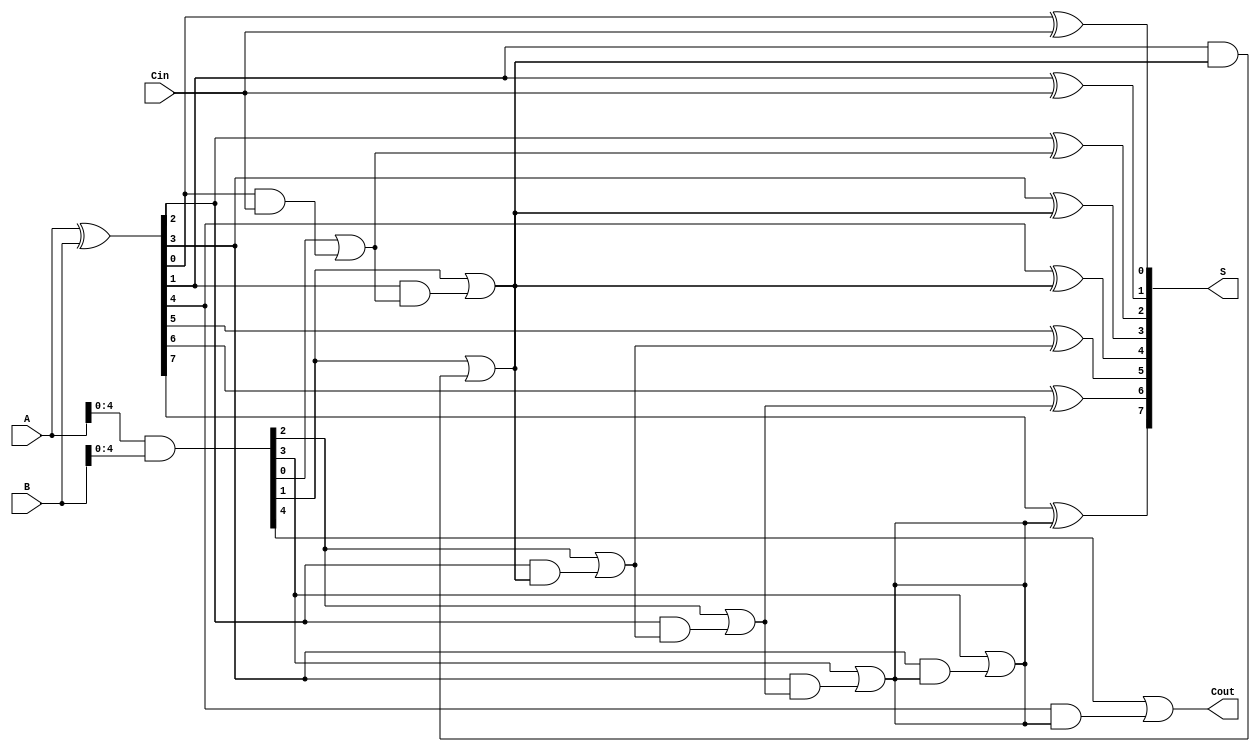
module brent_kung_adder #(parameter N = 8) (
    input  [N-1:0] A,      // First operand
    input  [N-1:0] B,      // Second operand
    input          Cin,     // Carry-in
    output [N-1:0] S,      // Sum output
    output         Cout     // Carry-out
);

    // Generate and Propagate signals
    wire [N-1:0] G; // Generate
    wire [N-1:0] P; // Propagate
    wire [N:0] C;   // Carry signals

    // Generate and Propagate calculations
    assign G = A & B;          // Generate
    assign P = A ^ B;          // Propagate

    // Carry signals initialization
    assign C[0] = Cin;         // Initial carry-in

    // First stage of the prefix tree
    genvar i;
    generate
        for (i = 0; i < N/2; i = i + 1) begin : stage1
            assign C[2*i + 1] = G[i] | (P[i] & C[2*i]);
            assign C[2*i + 2] = G[i + 1] | (P[i + 1] & C[2*i + 1]);
        end
    endgenerate

    // Second stage of the prefix tree
    generate
        for (i = 0; i < N/4; i = i + 1) begin : stage2
            assign C[4*i + 3] = G[2*i + 1] | (P[2*i + 1] & C[4*i + 1]);
            assign C[4*i + 4] = G[2*i + 2] | (P[2*i + 2] & C[4*i + 3]);
        end
    endgenerate

    // Final carry-out
    assign Cout = C[N];

    // Sum calculation
    assign S[0] = P[0] ^ Cin; // Least significant bit
    generate
        for (i = 1; i < N; i = i + 1) begin : sum_calc
            assign S[i] = P[i] ^ C[i - 1];
        end
    endgenerate

endmodule